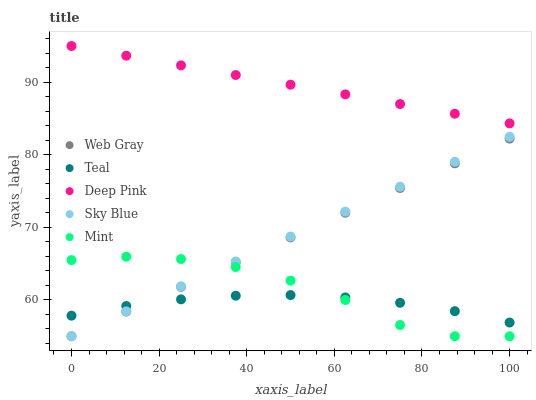
| xaxis_label | Web Gray | Teal | Deep Pink | Sky Blue | Mint |
 | --- | --- | --- | --- | --- | --- |
 | 0 | 55 | 57.8 | 95 | 55 | 65.5 |
 | 12.5 | 58.4 | 59.2 | 93.7 | 58.4 | 66 |
 | 25 | 61.8 | 60.1 | 92.3 | 61.9 | 65.6 |
 | 37.5 | 65.2 | 60.6 | 91 | 65.3 | 64.5 |
 | 50 | 68.6 | 60.7 | 89.7 | 68.7 | 62.7 |
 | 62.5 | 72 | 60.3 | 88.3 | 72.2 | 60 |
 | 75 | 75.4 | 59.6 | 87 | 75.6 | 56.6 |
 | 87.5 | 78.8 | 58.5 | 85.7 | 79 | 55 |
 | 100 | 82.2 | 56.9 | 84.3 | 82.5 | 55 |